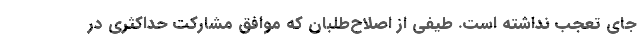
جای تعجب نداشته است. طیفی از اصلاح‌طلبان که موافق مشارکت حداکثری در